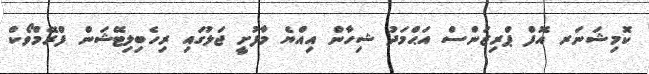
ކޮމިޝަނަރ އޮފް ޕްރިޒަންސް އަޙްމަދު ޝިހާން އިއްޔެ މާފުށީ ޖަލުގައި ރިހެބިލިޓޭޝަން ފްރޭމްވޯކް